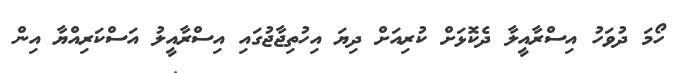
ހޯމަ ދުވަހު އިސްރާއީލާ ދެކޮޅަށް ކުރިއަށް ދިޔަ އިހުތިޖާޖުގައި އިސްރާއީލު އަސްކަރިއްޔާ އިން